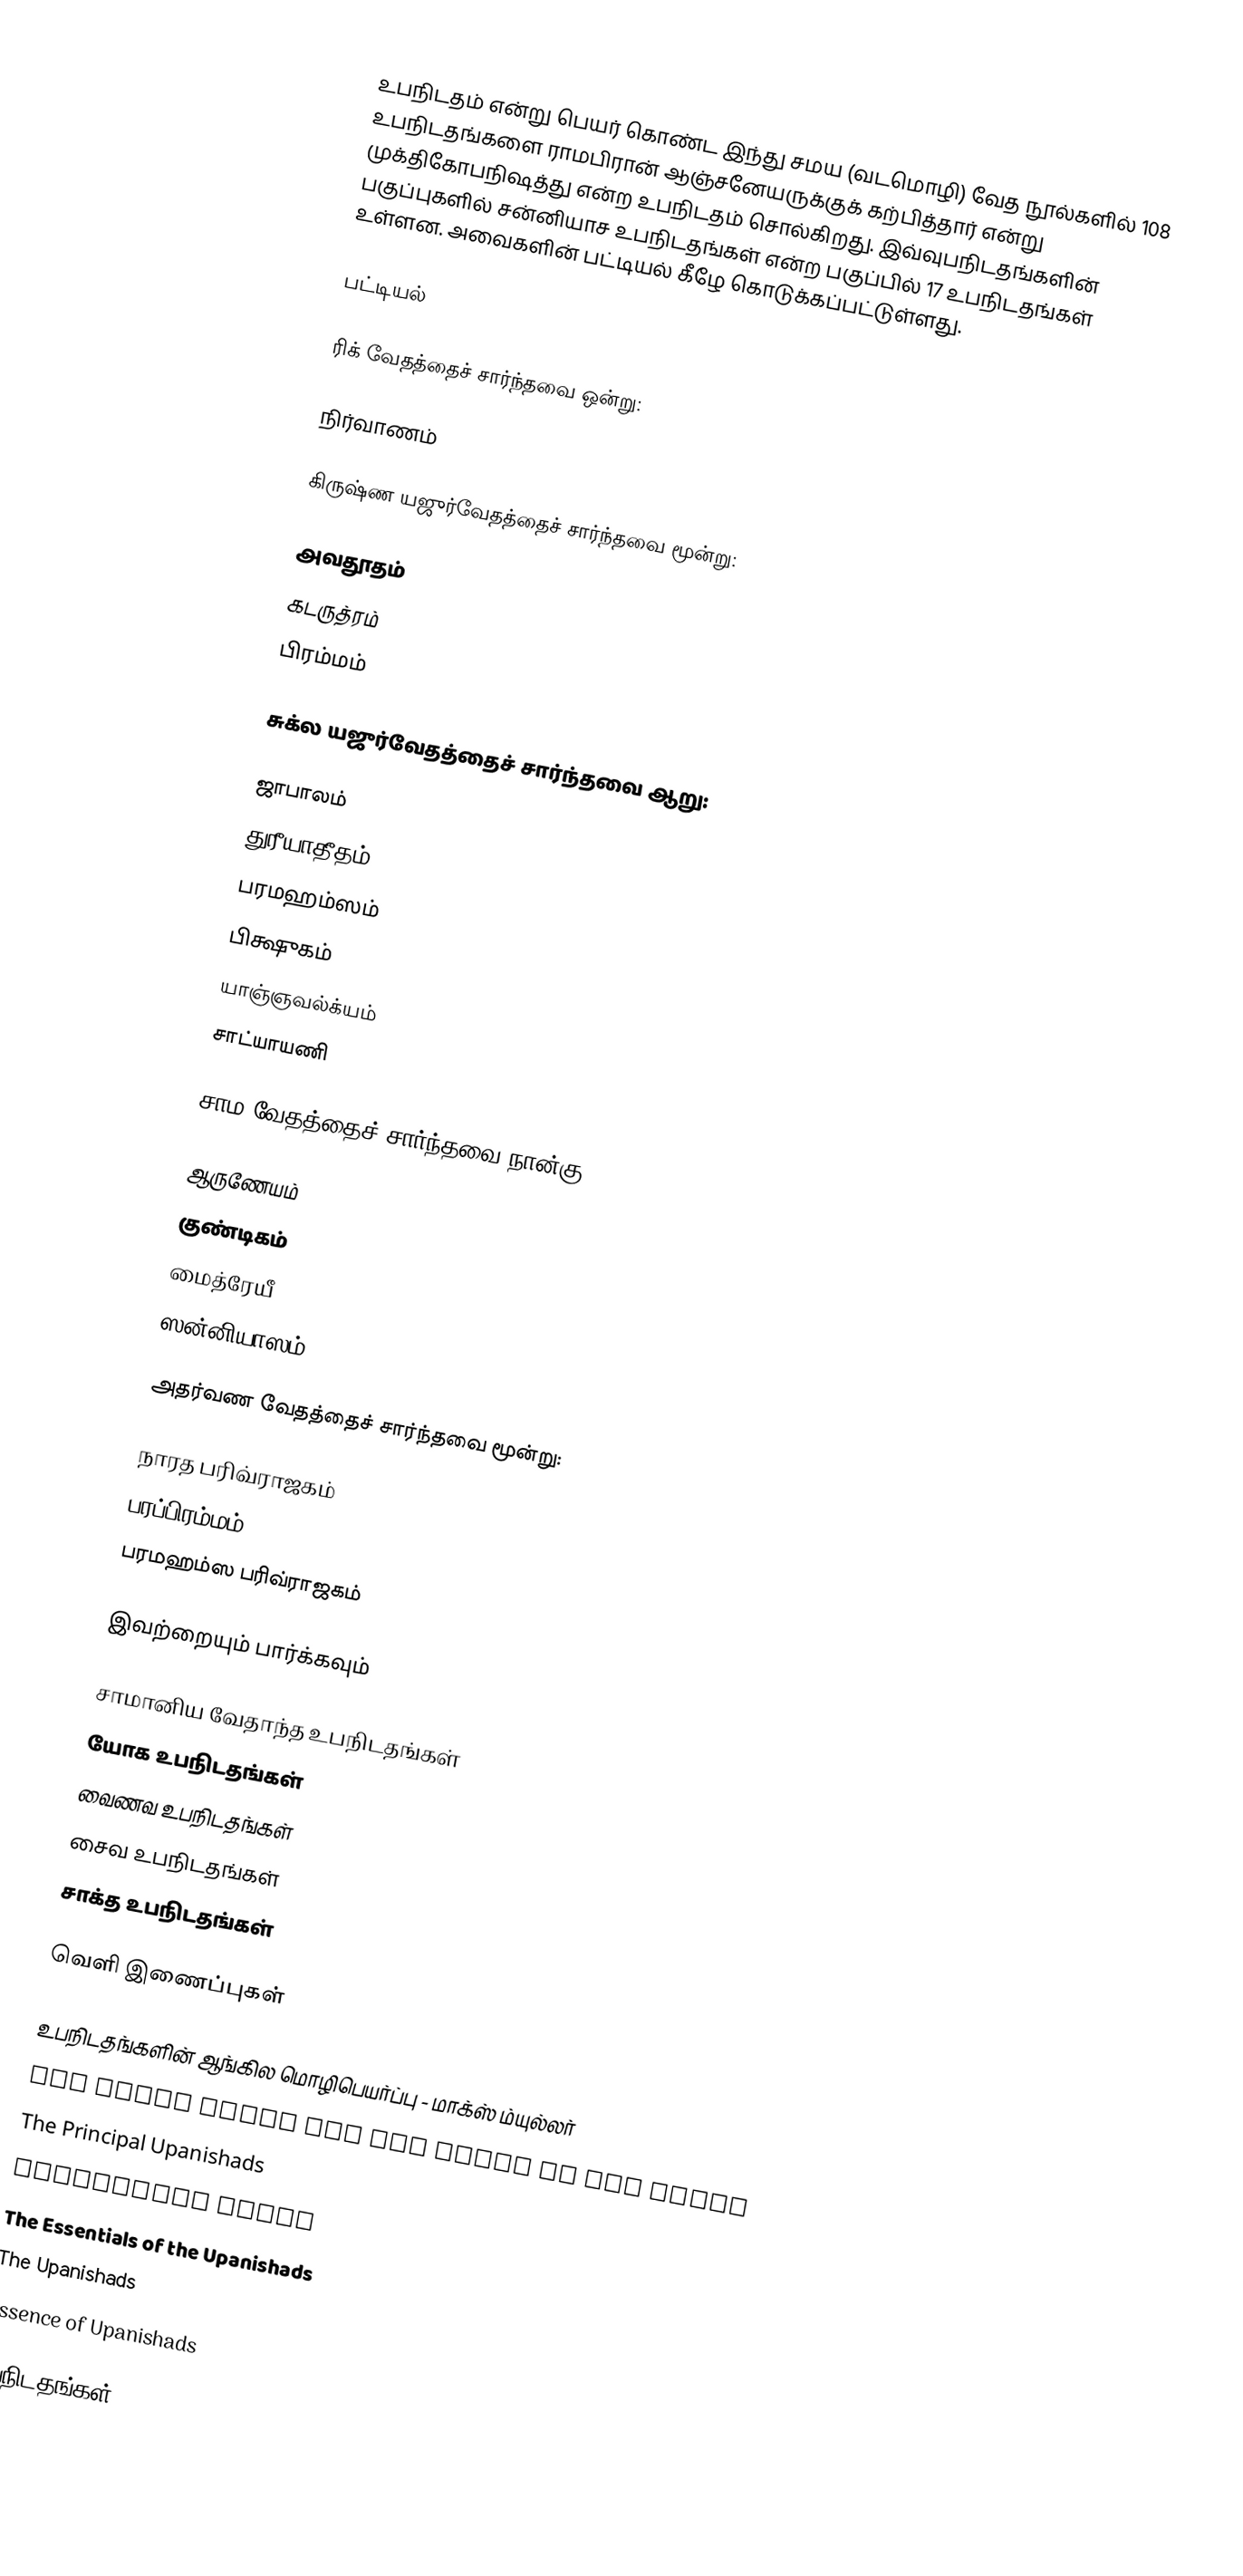
உபநிடதம் என்று பெயர் கொண்ட இந்து சமய (வடமொழி) வேத நூல்களில்  108 உபநிடதங்களை ராமபிரான் ஆஞ்சனேயருக்குக் கற்பித்தார் என்று முக்திகோபநிஷத்து என்ற உபநிடதம் சொல்கிறது.  இவ்வுபநிடதங்களின் பகுப்புகளில்  சன்னியாச உபநிடதங்கள் என்ற பகுப்பில் 17 உபநிடதங்கள் உள்ளன. அவைகளின் பட்டியல் கீழே கொடுக்கப்பட்டுள்ளது.

பட்டியல்

ரிக் வேதத்தைச் சார்ந்தவை ஒன்று:

  நிர்வாணம்

 கிருஷ்ண யஜுர்வேதத்தைச் சார்ந்தவை   மூன்று:

 அவதூதம்
  கடருத்ரம்
 பிரம்மம்

 சுக்ல யஜுர்வேதத்தைச் சார்ந்தவை  ஆறு:

 ஜாபாலம்
 துரீயாதீதம்
 பரமஹம்ஸம்
 பிக்ஷுகம்
 யாஞ்ஞவல்க்யம்
 சாட்யாயணி

 சாம வேதத்தைச் சார்ந்தவை நான்கு:

 ஆருணேயம்
 குண்டிகம்
 மைத்ரேயீ
 ஸன்னியாஸம்

 அதர்வண வேதத்தைச் சார்ந்தவை மூன்று:

 நாரத பரிவ்ராஜகம்
 பரப்பிரம்மம்
 பரமஹம்ஸ பரிவ்ராஜகம்

இவற்றையும் பார்க்கவும்

 சாமானிய வேதாந்த உபநிடதங்கள்
 யோக உபநிடதங்கள்
 வைணவ உபநிடதங்கள்
 சைவ உபநிடதங்கள்
 சாக்த உபநிடதங்கள்

வெளி இணைப்புகள்

உபநிடதங்களின் ஆங்கில மொழிபெயர்ப்பு - மாக்ஸ் ம்யுல்லர்
The Fours Vedas and the Parts of the Vedas
The Principal Upanishads
Upanishads Index
The Essentials of the Upanishads
The Upanishads
Essence of Upanishads

உபநிடதங்கள்